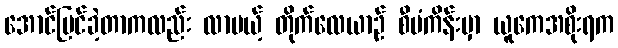
အောင်မြင်ခဲ့တာကလည်း လာမယ့် တိုက်လေယာဉ် စီမံကိန်းမှာ ယူကေအစိုးရက